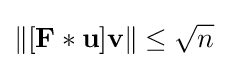
\lVert [{\textbf {F}}\ast {\textbf {u}}]{\textbf {v}}\rVert \leq {\sqrt {n}}